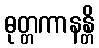
ဓုတ္တကာနန္တိ